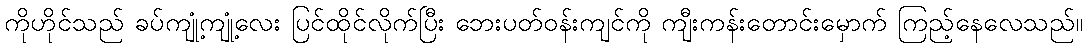
ကိုဟိုင်သည် ခပ်ကျုံ့ကျုံ့လေး ပြင်ထိုင်လိုက်ပြီး ဘေးပတ်ဝန်းကျင်ကို ကျီးကန်းတောင်းမှောက် ကြည့်နေလေသည်။